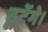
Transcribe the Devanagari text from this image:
टूटेंगे।